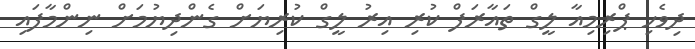
ދިވެހި ޕްރިމިއާ ލީގް ތައާރަފް ކުރި އިރު ލީގް ކުރިޔަށް ގެންދިޔުމަށް ނިންމާފައި